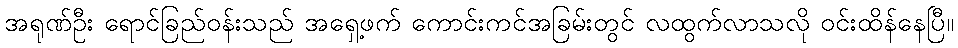
အရုဏ်ဦး ရောင်ခြည်ဝန်းသည် အရှေ့ဖက် ကောင်းကင်အခြမ်းတွင် လထွက်လာသလို ဝင်းထိန်နေပြီ။